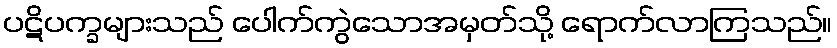
ပဋိပက္ခများသည် ပေါက်ကွဲသောအမှတ်သို့ ရောက်လာကြသည်။